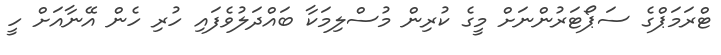
ޓްރަމަޕްގެ ސަޕޯޓަރުންނަށް މީގެ ކުރިން މުސްލިމަކާ ބައްދަލުވެފައި ހުރި ހެން އޭނާއަށް ހީ